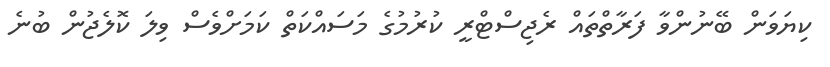
ކިޔަވަން ބޭނުންވާ ފަރާތްތައްް ރެޖިސްޓްރީ ކުރުމުގެ މަސައްކަތް ކަމަށްވެސް ވިލަ ކޮލެޖުން ބުނެ